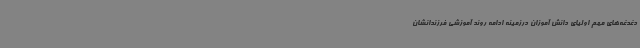
دغدغه‌های مهم اولیای دانش آموزان درزمینه ادامه روند آموزشی فرزندانشان